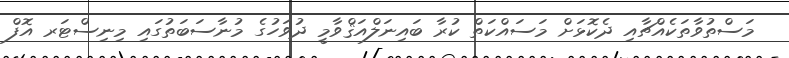
މަސްތުވާތަކެއްޗާއި ދެކޮޅަށް މަސައްކަތް ކުރާ ބައިނަލްއަޤްވާމީ ދުވަހުގެ މުނާސަބަތުގައި މިނިސްޓަރ އޮފް